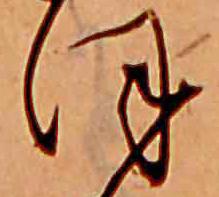
ほ